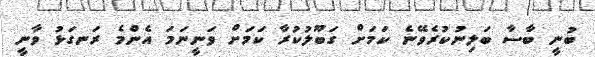
ބުނީ ބާސާ ބަލިނުކުރެވޭނެ ކަމަށް ގަބޫލުކުރާ ކަމަށް ވަނީނަމަ އެންމެ ރަނގަޅު ވާނީ